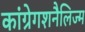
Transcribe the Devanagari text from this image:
कांग्रेगशनैलिज्म